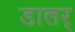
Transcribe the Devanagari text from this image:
डालर्